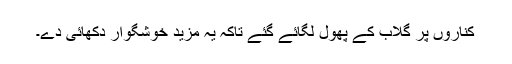
کناروں پر گلاب کے پھول لگائے گئے تاکہ یہ مزید خوشگوار دکھائی دے۔